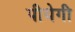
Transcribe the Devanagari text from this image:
पीयेगी